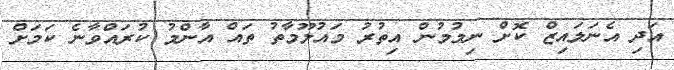
އަދި އެނަލައިޒް ކޮށް ނިމުމުން އިތުރު މައުލޫމާތު ތައް އާންމު ކުރައްވާނެ ކަމަށް